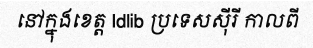
នៅក្នុងខេត្ត Idlib ប្រទេសស៊ីរី កាលពី